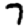
Digit: 7